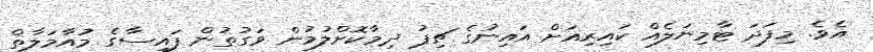
އެވެ. މިފަދަ ޓާމިނަލެއް ކައިރިއަށް އައިނުގެ ޗިޕު ދިމާކޮށްލުމުން ވަގުތުން ފައިސާގެ މުއާމަލާތް